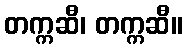
တက္ကဆီ၊ တက္ကဆီ။